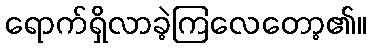
ရောက်ရှိလာခဲ့ကြလေတော့၏။